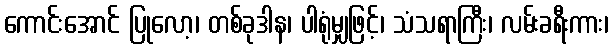
ကောင်းအောင် ပြုလော့၊ တစ်ခုဒါန၊ ပါရုံမျှဖြင့်၊ သံသရာကြီး၊ လမ်းခရီးကား၊